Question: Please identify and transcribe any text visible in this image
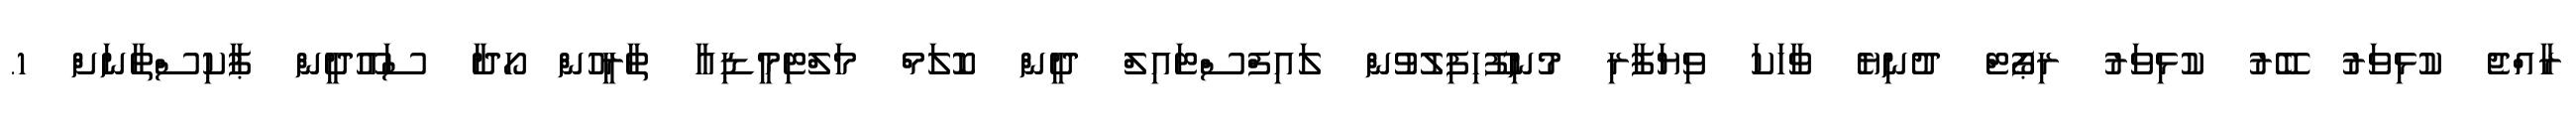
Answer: ރާއްޖެ ކުޅިވަރު ބޭރު ކުޅިވަރު ރިޕޯޓް ދުނިޔެ ވާހަކަ ވިޔަފާރި މުނިފޫހިފިލުވުން ލައިފްސްޓައިލް ދީން ކޮލަމް މަލްޓިމީޑިއާ ތާރީހުން ހޯދާ ސައޫދީން ޕާކިސްތާނަށް 1.